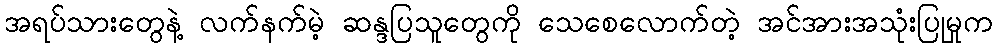
အရပ်သားတွေနဲ့ လက်နက်မဲ့ ဆန္ဒပြသူတွေကို သေစေလောက်တဲ့ အင်အားအသုံးပြုမှုက